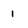
Character: 1